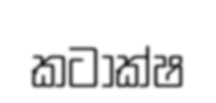
කටාක්ෂ